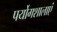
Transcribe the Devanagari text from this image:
पर्योगशालाएं